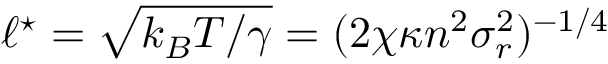
\ell ^ { \star } = \sqrt { k _ { B } T / \gamma } = ( 2 \chi \kappa n ^ { 2 } \sigma _ { r } ^ { 2 } ) ^ { - 1 / 4 }